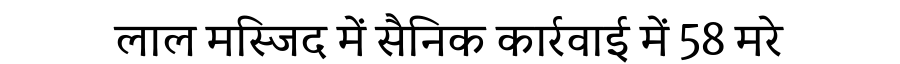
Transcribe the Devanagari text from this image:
लाल मस्जिद में सैनिक कार्रवाई में 58 मरे